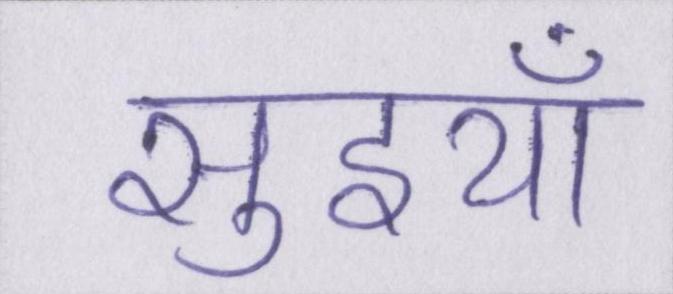
सुइयाँ